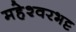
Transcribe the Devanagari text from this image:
महेश्वरभट्ट